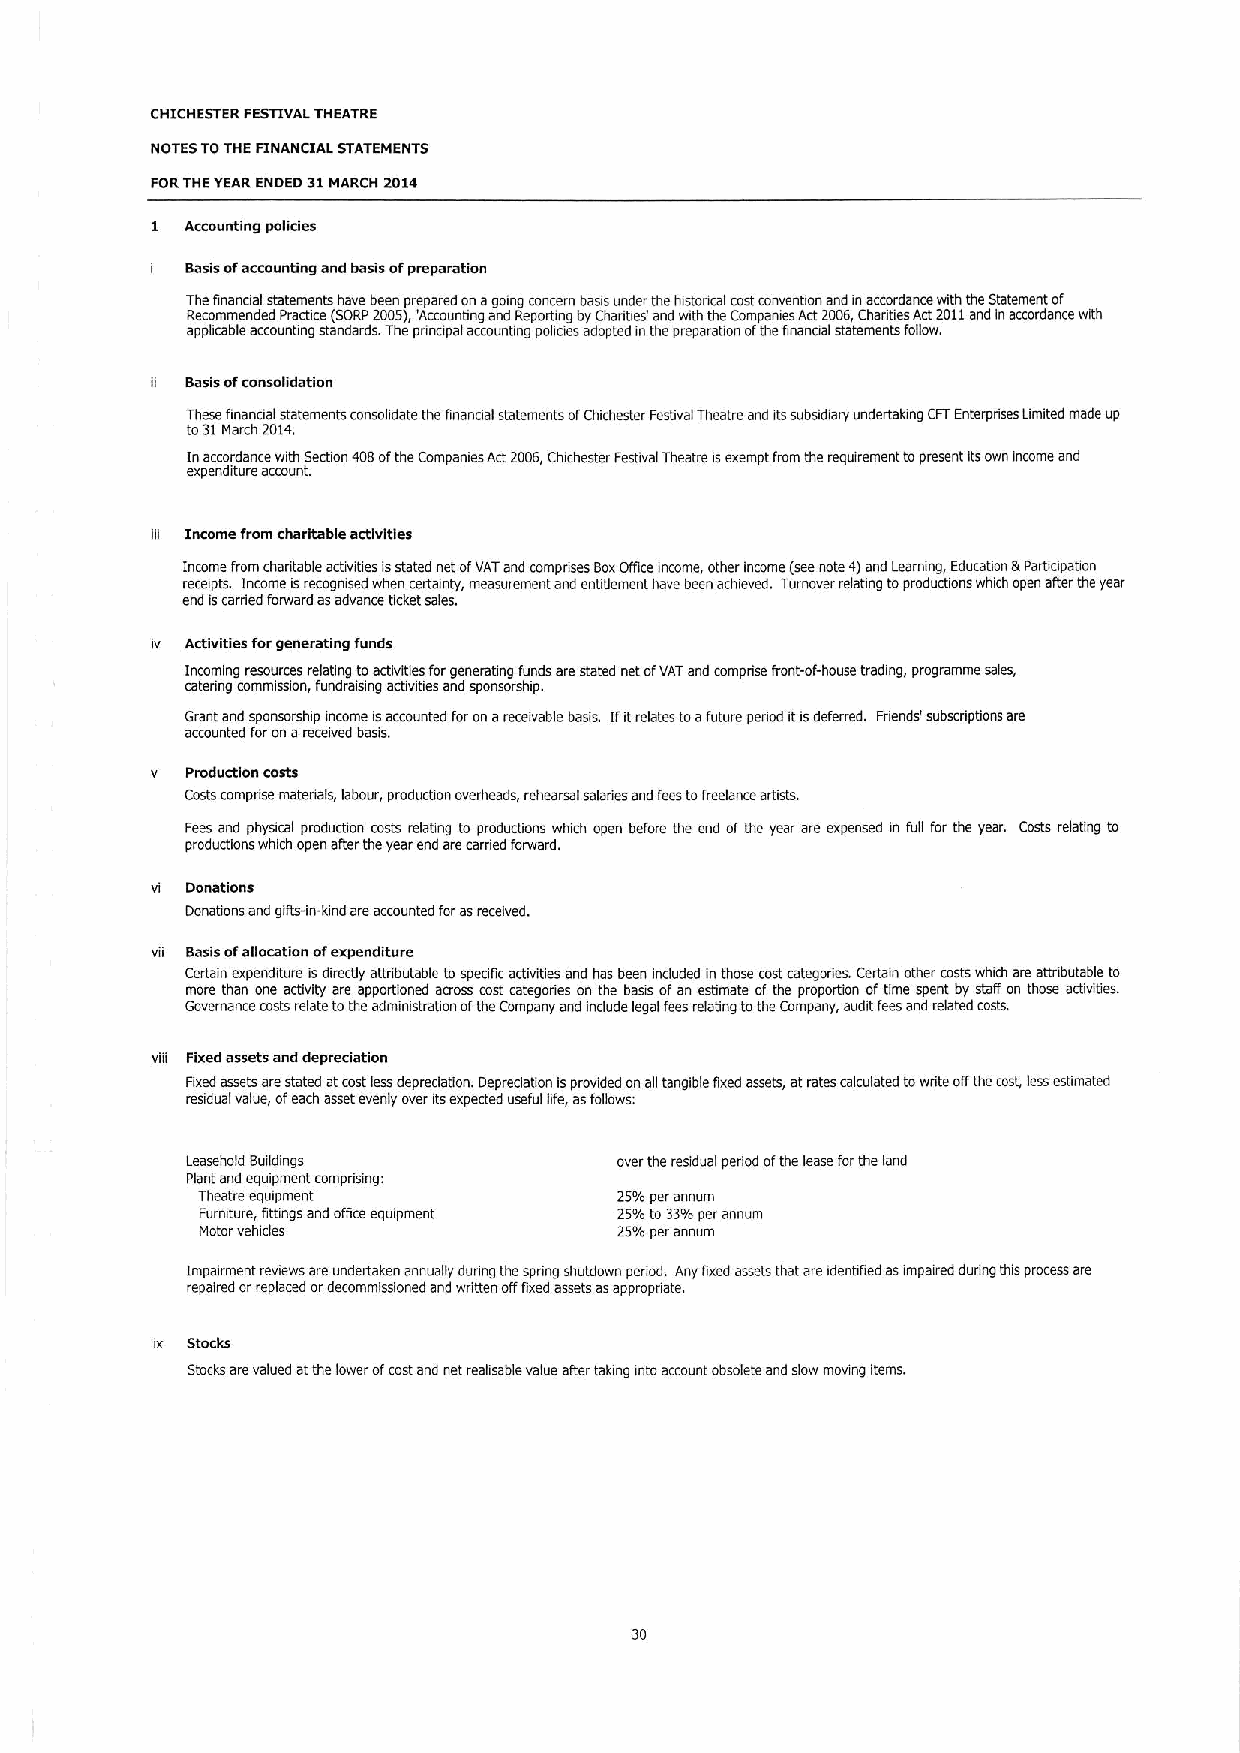
CHICHESTER FESTIVALTHEATRE
 NOTES TOTHEFINANCIAL STATEMENTS
 FORTHEYEARENDED 31MARCH 2014
 I Accounting policies
 Basisofaccounting and basis ofpreparation
 Thefinanoal statements have been prepared on agoing concern basis under the historical costconvention and rn accordance with the Statement of
 Recommended Practice (SORP2005),'Accounting and Reporting byChanties' and with the Companies A*2006,Charities Act2011and inaccordance with
 appkcable accounting standards. The principal accounting policies adopted inthe preparation ofthe financial statements Follow,
 Basisofconsolidation
 These financial statements consolidate the finanoal statements ofChichester Festival Theatre and itssubsidiary undertaking CFTEnterprises Limited made up
 to31March 2014.
 Inaccordance with Section 408ofthe Companies Act2006,Chichester Festival Theatre isexempt from the requirement topresent itsown income and
 expenditure account.
 ~ Income from charitable activities
 Income from charitable activities isstated net ofVATand compfises BoxOfficeincome, other income (seenote 4)and Learning, Education &Parbcipation
 receipts. Income isrecognised when certainty, measurement and entitlement have been achieved. Turnover relating toproductions which open aher the year
 end iscarried forward asadvance ticket sales.
 iv Activities forgenerating funds
 Incoming resources relating toactivities forgenerating funds are stated net ofVATand mmprise front-of-house trading, programme sales,
 catering commission, fundraising activities and sponsorship.
 Grant and sponsorship income isaccounted foron areceivable basis. Ifitrelates toafuture pened itisdeferred. Fnends' subscriptions are
 accounted foron areceived basis.
 v Production costs
 Costs comprise materials, labour, production overheads, rehearsal salaries and feestofreelance artists.
 Fees and physical production costs relating to productions which open before the end ofthe year are expensed in full for the year. Costs relating to
 productions which open alter the year end arecarried forward.
 vi Donations
 Donations and grits-in-kind areaccounted forasreceived.
 vii Basisofallocation ofexpenditure
 Certain expenditure is directly attributable tospeofic activities and has been included in those costcategories. Certain other costswhich are attributable to
 more than one activity are apportioned across cost categories on the basis ofan estimate ofthe proportion oftime spent by staff on those acbvibes.
 Governance costs relate tothe administration ofthe Company and include legal fees relating tothe Company, audit feesand related costs.
 viii Fixed assets and depreciation
 Fixed assets arestated atcostle%depreciation. Depreaation isprovided on ag tangible fixed assets, atrates calculated towrite ogthe cost, lessestimated
 residual value, ofeach asset evenly over itsexpected useful life, asfollows:
 Leasehold Buildings          over the residual penod ofthe lease forthe land
 Plant and equipment comprising:
 Theatre equipment           25%per annum
 Furniture, fittings and office equipment 25%to33%per annum
 Motor vehicles              25%per annum
 Impairment reviews are undertaken annually dunng the spnng shutdown period. Any fixed assets that are identified asimpaired during this process are
 repaired orreplaced ordecommissioned and written opfixed assets asappropriate.
 ix Stocks
 Stocksarevalued atthe lower ofcostand net realisable value alter taking into account obsolete and slow moving items.
 30